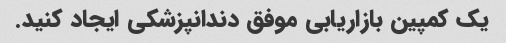
یک کمپین بازاریابی موفق دندانپزشکی ایجاد کنید.